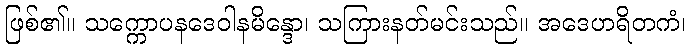
ဖြစ်၏။ သက္ကောပနဒေဝါနမိန္ဒော၊ သကြားနတ်မင်းသည်။ အဒေဟရိတကံ၊